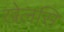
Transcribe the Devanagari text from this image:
खेलसि